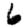
Digit: 6